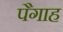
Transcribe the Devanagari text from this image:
पैगाह